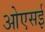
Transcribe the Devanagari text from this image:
ओएसई